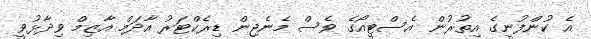
އެ ކުންފުނީގެ އިތުރުން އެސްޓީއޯގެ ވެސް މެނެޖިން ޑިރެކްޓަރު އާދަމް އާޒިމް ވިދާޅުވީ